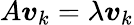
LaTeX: A{\boldsymbol{v}}_{k}=\lambda{\boldsymbol{v}}_{k}